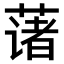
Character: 𫉄